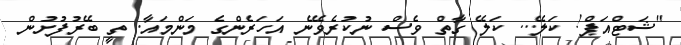
"ޝަޓްއަޕް! ކަލޭ... ކަލޭ ގާތް ވެސް ނުކުރެވޭނެ އަހަރެންގެ މަންމައާ. ތީ ބޭރުފުށުން